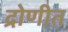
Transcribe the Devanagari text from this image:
द्रोणीत